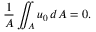
\frac { 1 } { A } \iint _ { A } u _ { 0 } \, d A = 0 .